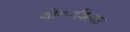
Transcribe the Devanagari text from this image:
बोगनविलास